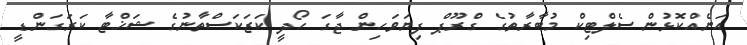
އަނެއްކޮޅުން ސެލްޓިކް މުބާރާތުގެ ގްރޫޕް ފިޔަވަހިން ޖާގަ ހޯދީ ކަޒަކަސްތާނުގެ ޝަޚްޓާ ކަރަގަންޑީ